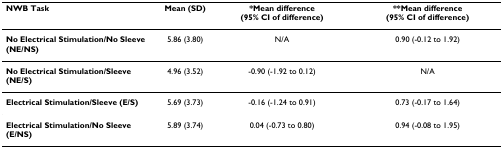
<table><thead><tr><td><b>NWB Task</b></td><td><b>Mean (SD)</b></td><td><b>*Mean difference (95% CI of difference)</b></td><td><b>**Mean difference (95% CI of difference)</b></td></tr></thead><tbody><tr><td><b>No Electrical Stimulation/No Sleeve (NE/NS)</b></td><td>5.86 (3.80)</td><td>N/A</td><td>0.90 (-0.12 to 1.92)</td></tr><tr><td><b>No Electrical Stimulation/Sleeve (NE/S)</b></td><td>4.96 (3.52)</td><td>-0.90 (-1.92 to 0.12)</td><td>N/A</td></tr><tr><td><b>Electrical Stimulation/Sleeve (E/S)</b></td><td>5.69 (3.73)</td><td>-0.16 (-1.24 to 0.91)</td><td>0.73 (-0.17 to 1.64)</td></tr><tr><td><b>Electrical Stimulation/No Sleeve (E/NS)</b></td><td>5.89 (3.74)</td><td>0.04 (-0.73 to 0.80)</td><td>0.94 (-0.08 to 1.95)</td></tr></tbody></table>